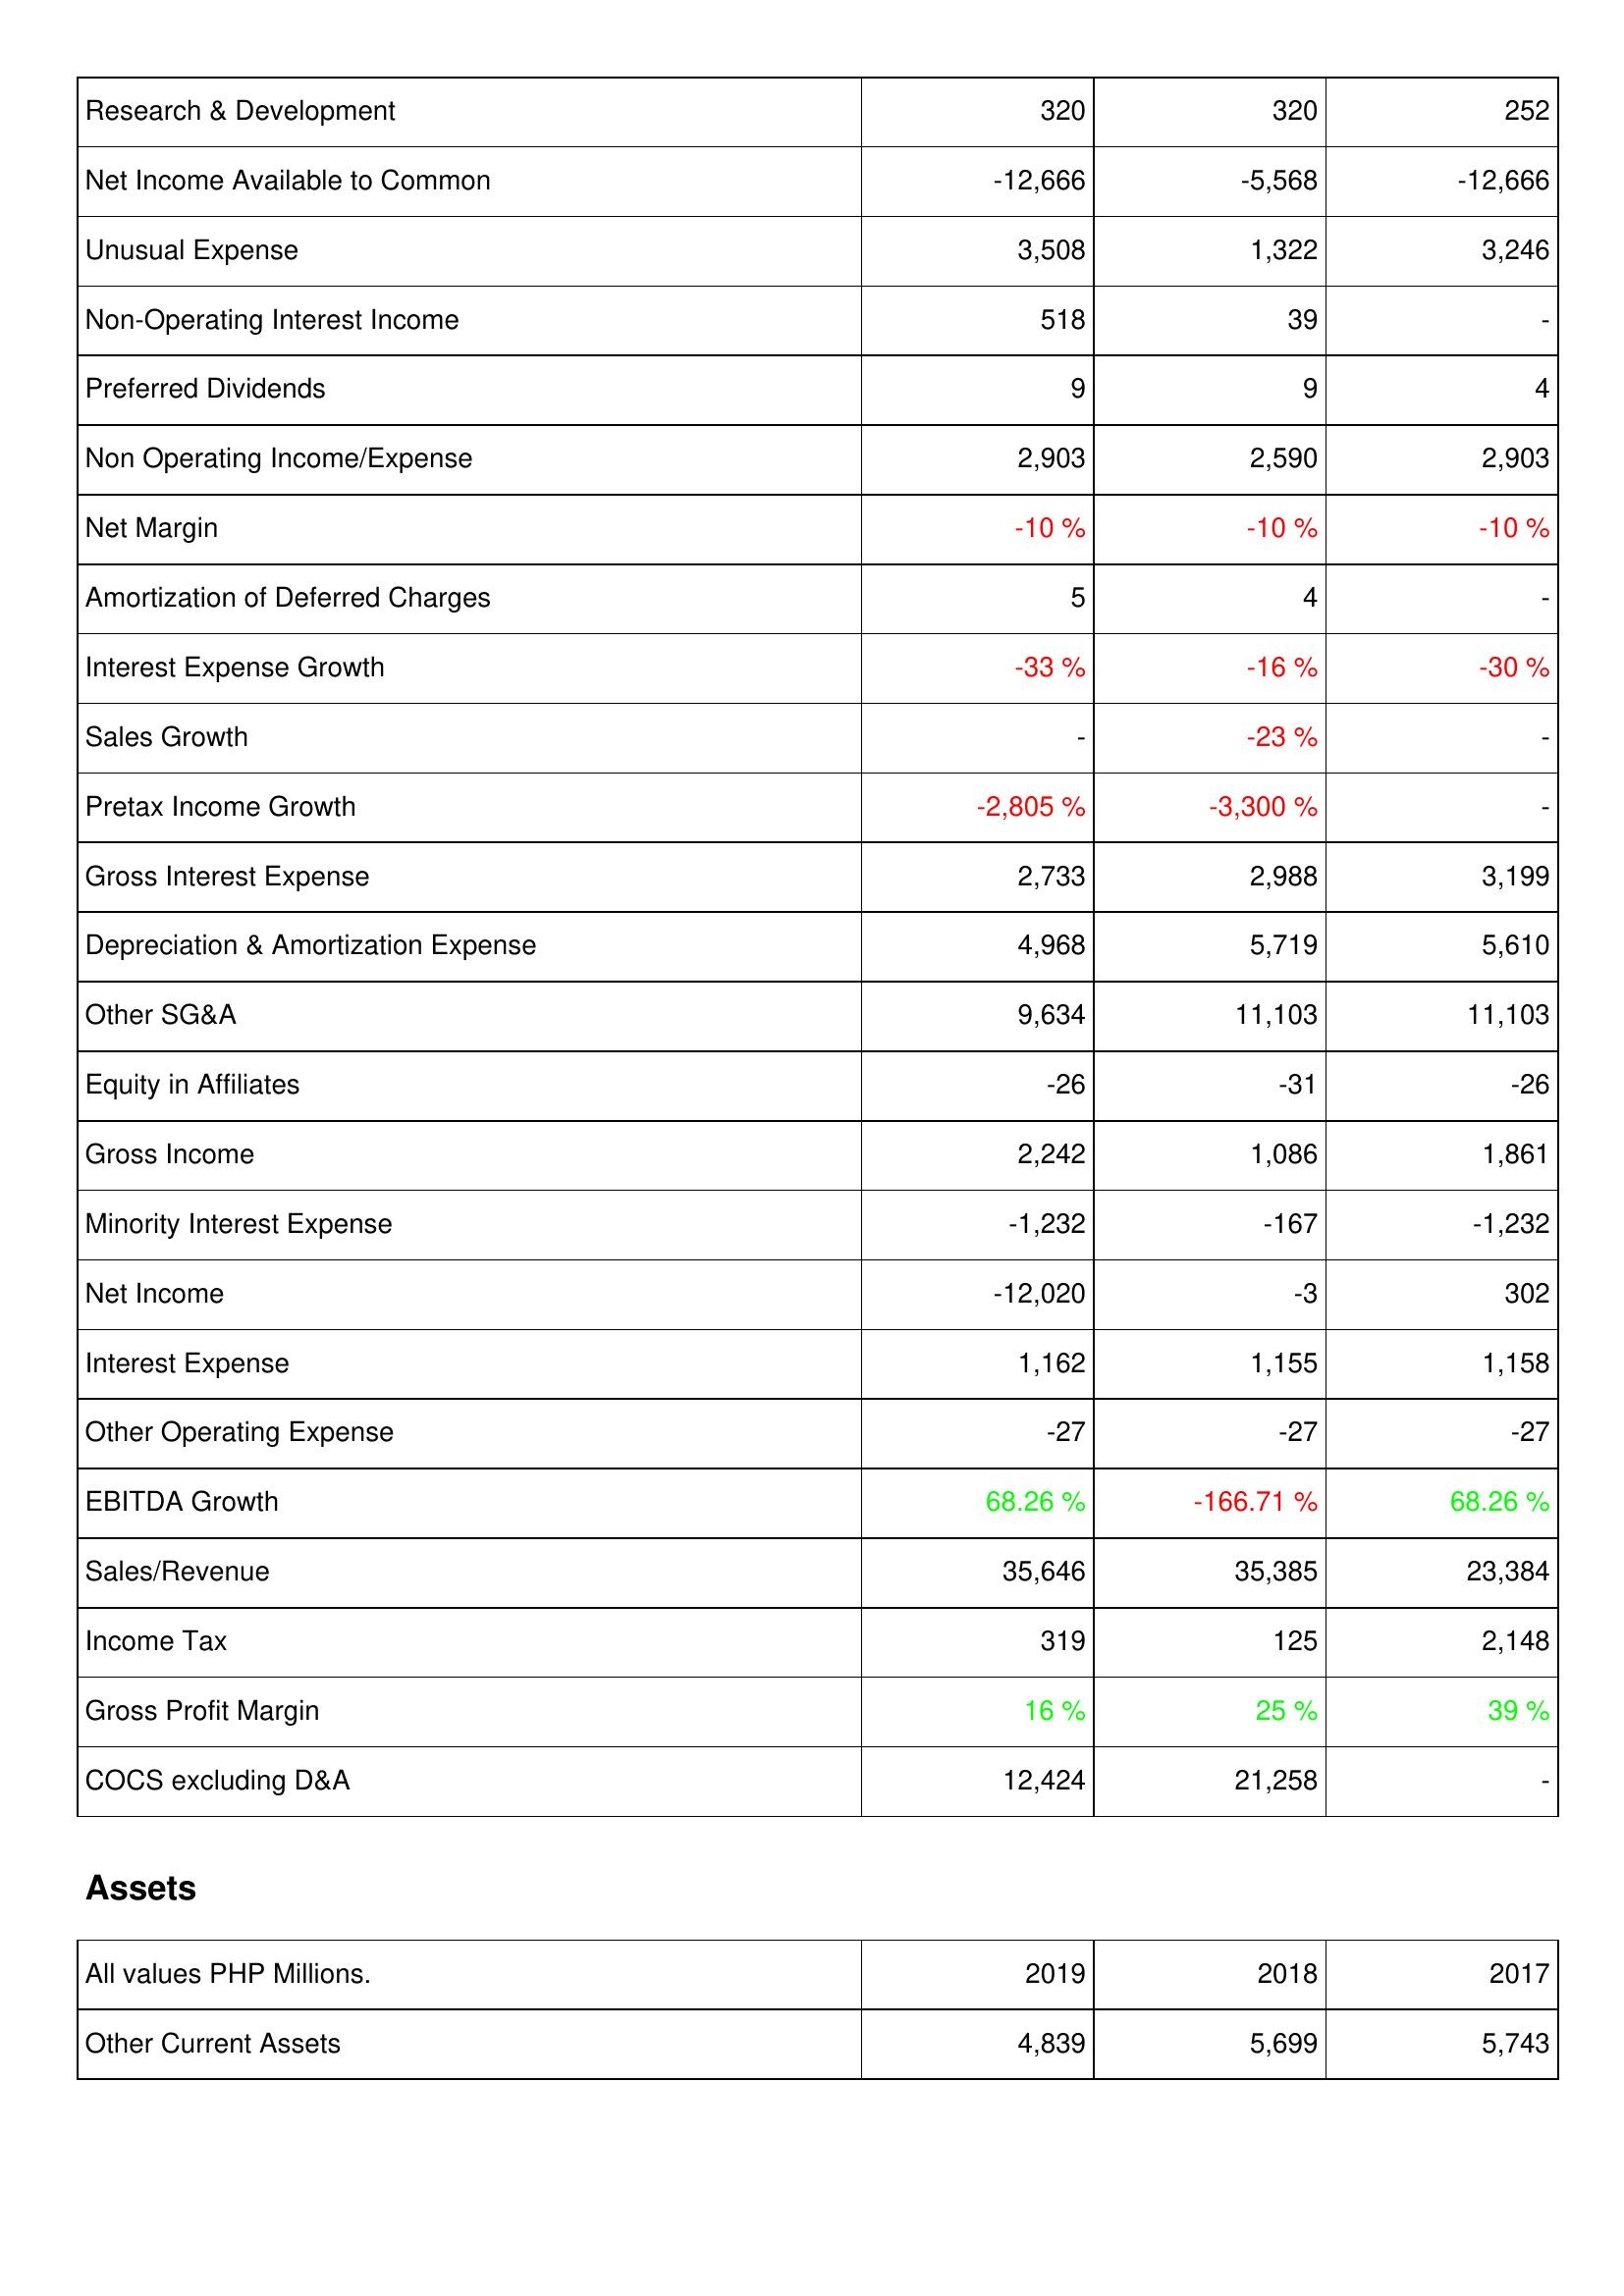
2019: Income Statement: Research & Development: 320
Net Income Available to Common: -12,666
Unusual Expense: 3,508
Non-Operating Interest Income: 518
Preferred Dividends: 9
Non Operating Income/Expense: 2,903
Net Margin: -10 %
Amortization of Deferred Charges: 5
Interest Expense Growth: -33 %
Sales Growth: -
Pretax Income Growth: -2,805 %
Gross Interest Expense: 2,733
Depreciation & Amortization Expense: 4,968
Other SG&A: 9,634
Equity in Affiliates: -26
Gross Income: 2,242
Minority Interest Expense: -1,232
Net Income: -12,020
Interest Expense: 1,162
Other Operating Expense: -27
EBITDA Growth: 68.26 %
Sales/Revenue: 35,646
Income Tax: 319
Gross Profit Margin: 16 %
COCS excluding D&A: 12,424
Assets: Other Current Assets: 4,839
2018: Income Statement: Research & Development: 320
Net Income Available to Common: -5,568
Unusual Expense: 1,322
Non-Operating Interest Income: 39
Preferred Dividends: 9
Non Operating Income/Expense: 2,590
Net Margin: -10 %
Amortization of Deferred Charges: 4
Interest Expense Growth: -16 %
Sales Growth: -23 %
Pretax Income Growth: -3,300 %
Gross Interest Expense: 2,988
Depreciation & Amortization Expense: 5,719
Other SG&A: 11,103
Equity in Affiliates: -31
Gross Income: 1,086
Minority Interest Expense: -167
Net Income: -3
Interest Expense: 1,155
Other Operating Expense: -27
EBITDA Growth: -166.71 %
Sales/Revenue: 35,385
Income Tax: 125
Gross Profit Margin: 25 %
COCS excluding D&A: 21,258
Assets: Other Current Assets: 5,699
2017: Income Statement: Research & Development: 252
Net Income Available to Common: -12,666
Unusual Expense: 3,246
Non-Operating Interest Income: -
Preferred Dividends: 4
Non Operating Income/Expense: 2,903
Net Margin: -10 %
Amortization of Deferred Charges: -
Interest Expense Growth: -30 %
Sales Growth: -
Pretax Income Growth: -
Gross Interest Expense: 3,199
Depreciation & Amortization Expense: 5,610
Other SG&A: 11,103
Equity in Affiliates: -26
Gross Income: 1,861
Minority Interest Expense: -1,232
Net Income: 302
Interest Expense: 1,158
Other Operating Expense: -27
EBITDA Growth: 68.26 %
Sales/Revenue: 23,384
Income Tax: 2,148
Gross Profit Margin: 39 %
COCS excluding D&A: -
Assets: Other Current Assets: 5,743